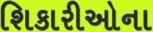
શિકારીઓના